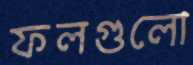
ফলগুলো